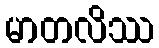
မာတလိဿ